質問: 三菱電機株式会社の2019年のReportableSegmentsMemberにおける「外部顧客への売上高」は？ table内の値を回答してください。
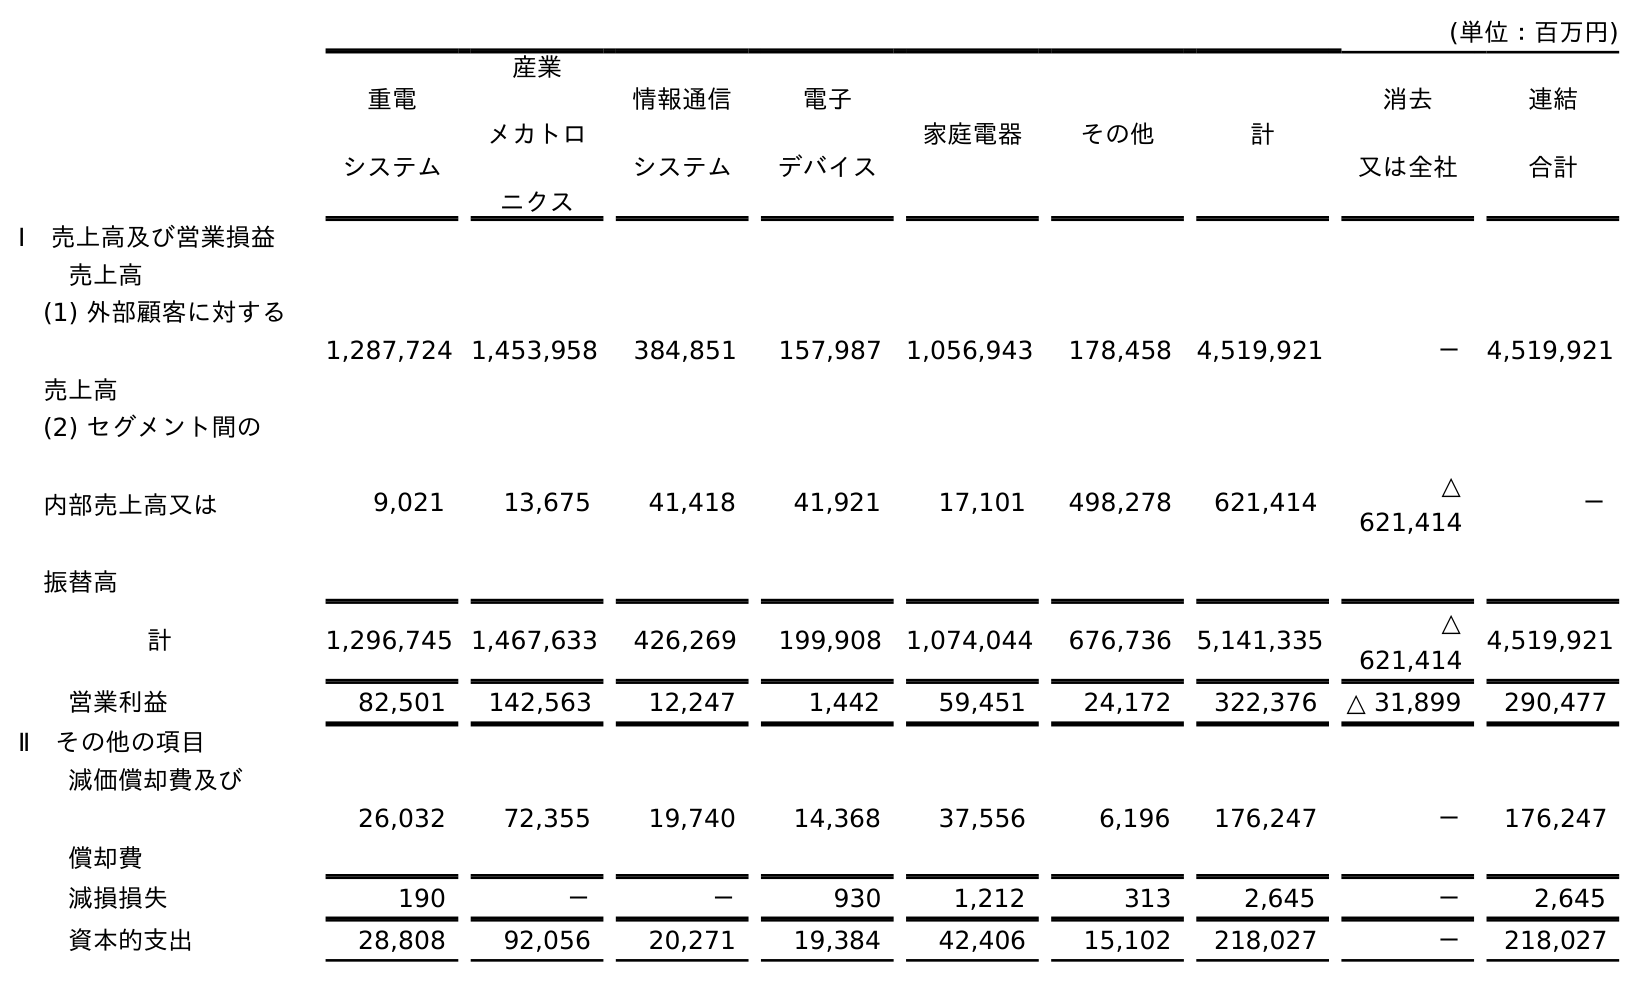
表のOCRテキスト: (単位：百万円) 重電 システム 産業 メカトロ ニクス 情報通信 システム 電子 デバイス 家庭電器 その他 計 消去 又は全社 連結 合計 Ⅰ 売上高及び営業損益 売上高 (1) 外部顧客に対する 売上高 1,287,724 1,453,958 384,851 157,987 1,056,943 178,458 4,519,921 － 4,519,921 (2) セグメント間の 内部売上高又は 振替高 9,021 13,675 41,418 41,921 17,101 498,278 621,414 △ 621,414 － 計 1,296,745 1,467,633 426,269 199,908 1,074,044 676,736 5,141,335 △ 621,414 4,519,921 営業利益 82,501 142,563 12,247 1,442 59,451 24,172 322,376 △ 31,899 290,477 Ⅱ その他の項目 減価償却費及び 償却費 26,032 72,355 19,740 14,368 37,556 6,196 176,247 － 176,247 減損損失 190 － － 930 1,212 313 2,645 － 2,645 資本的支出 28,808 92,056 20,271 19,384 42,406 15,102 218,027 － 218,027
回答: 4,519,921